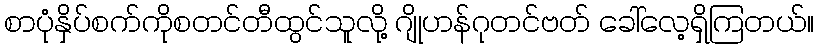
စာပုံနှိပ်စက်ကိုစတင်တီထွင်သူလို့ ဂျိုဟန်ဂုတင်ဗတ် ခေါ်လေ့ရှိကြတယ်။